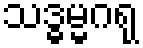
သဒ္ဓမ္မဂရု